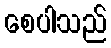
စေပါသည်